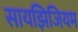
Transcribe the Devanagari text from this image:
सायझिजियम